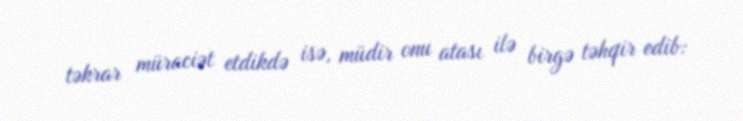
təkrar müraciət etdikdə isə, müdir onu atası ilə birgə təhqir edib: